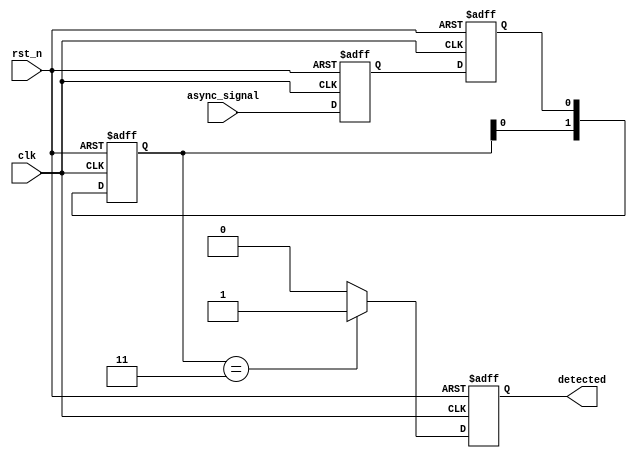
module dual_ff_detector (
    input wire clk,            // Clock input
    input wire rst_n,         // Active low reset
    input wire async_signal,   // Asynchronous input signal
    output reg detected        // Output signal indicating pattern detection
);

// Parameters for the specific pattern to detect
parameter PATTERN = 2'b11; // Example pattern to detect (can be modified)
reg [1:0] state;           // State register to hold the synchronized signal

// Dual flip-flop synchronization
reg ff1, ff2;

// Synchronous process for flip-flops
always @(posedge clk or negedge rst_n) begin
    if (!rst_n) begin
        ff1 <= 1'b0;
        ff2 <= 1'b0;
    end else begin
        ff1 <= async_signal; // Sample async signal
        ff2 <= ff1;          // Sample output of FF1
    end
end

// Pattern detection logic
always @(posedge clk or negedge rst_n) begin
    if (!rst_n) begin
        detected <= 1'b0;    // Reset detected signal
        state <= 2'b00;      // Reset state
    end else begin
        // Shift state based on FF2 output
        state <= {state[0], ff2}; // Shift in the new bit from FF2

        // Check if the current state matches the pattern
        if (state == PATTERN) begin
            detected <= 1'b1; // Pattern detected
        end else begin
            detected <= 1'b0; // No pattern detected
        end
    end
end

endmodule